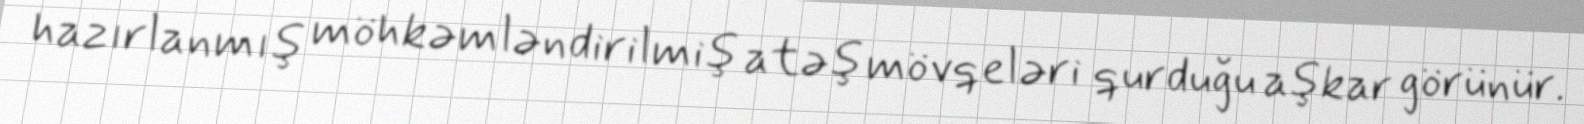
hazırlanmış möhkəmləndirilmiş atəş mövqeləri qurduğu aşkar görünür.